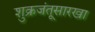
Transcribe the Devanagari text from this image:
शुक्रजंतूसारखा